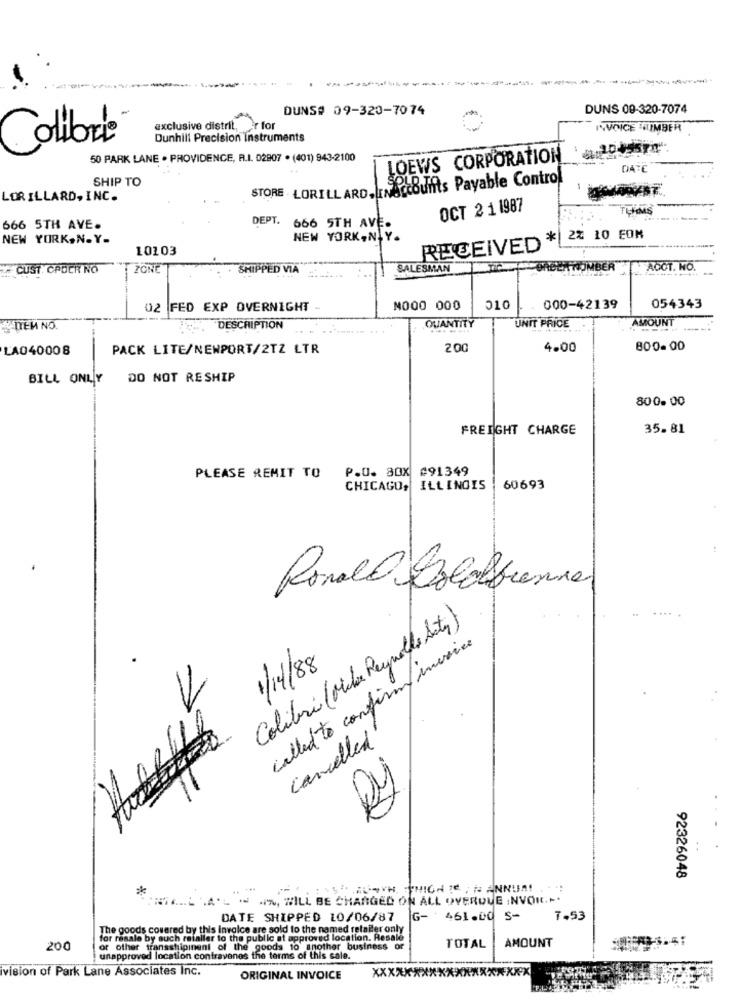
---
---
.-------
DUNS# 09-320-7074
DUNS 09-320-7074
exclusive distrit, r for
INVOICE NUMBER
Colibri
Dunhill Precision instruments
50 PARK LANE . PROVIDENCE, R.I. 02907 . (401) 943-2100
LOEWS CORPORATION
SHIP TO
STORE LORILLARD,INACCOUNTS Payable Control
LORILLARD, INC.
OCT 2 1 1987
666 5TH AVE.
DEPT. 666 5TH AVE
NEW YORK,N.Y.
NEW YORK, N.Y.
RECEIVED *|22 10 EON
10103
CUST. CADER NO
ZONE
SHIPPED VIA
SALESMAN
GREEN TOMBER
AOCT. NO.
02 FED EXP OVERNIGHT -
NO00 000
510
000-42139
054343
QUANTITY
UNIT PRICE
AMOUNT
ТЕИ NO.
", "DESCRIPTION
LA040008
PACK LITE/NEWPORT/2TZ LTR
200
4.00
800.00
BILL ONLY DO NOT RESHIP
800. 00
FREIGHT CHARGE
35.81
P.O. BOX #91349
PLEASE REMIT TO
CHICAGO, ILLINOIS
60693
Ronald Bolosfremme
Colibri (Milia Reynolds Acta)
called to confirm americe
1/14/88
cancelled
..
92326048
TRILL AL - - WILL BE CHARGED ON ALL OVERQUE INVOKE ...
DATE SHIPPED LO/06/87
G- 461.00 S-
7.53
The goods covered by this invoice are sold to the named retailer only
for resale by such refaller to the public at approved location. Resale
AMOUNT
200
or other transshipinent of the goods to another business or
TOTAL
unapproved location contravenes the terms of this sale.
ivision of Park Lane Associates Inc.
xx
ORIGINAL INVOICE
*********